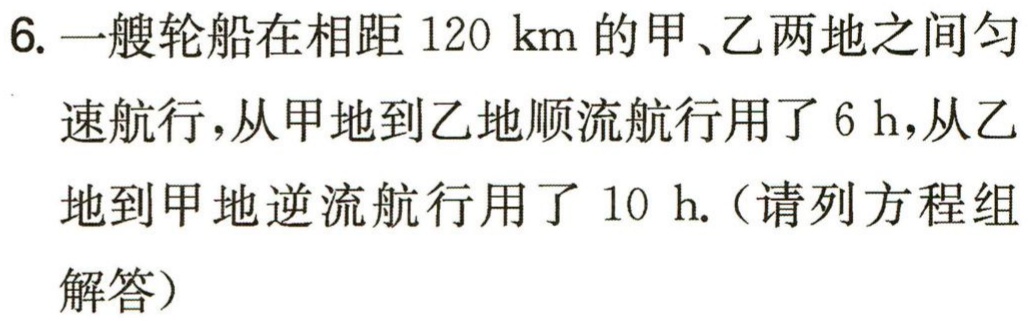
6. 一艘轮船在相距 \(120\ \text{km}\) 的甲、乙两地之间匀速航行，从甲地到乙地顺流航行用了 \(6\ \text{h}\)，从乙地到甲地逆流航行用了 \(10\ \text{h}\).（请列方程组解答）